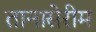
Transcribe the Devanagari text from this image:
तानासेरीम